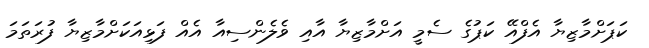
ކަޕަށްމާޒިޔާ އެފްއޭ ކަޕުގެ ސެމީ އަށްމާޒިޔާ އާއި ވެލެންސިއާ އެއް ފަޅިއަކަށްމާޒިޔާ ފުރަތަމަ